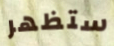
ستظهر